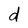
Character: d